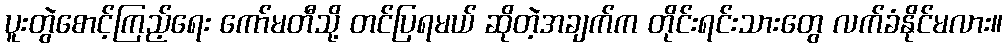
ပူးတွဲစောင့်ကြည့်ရေး ကော်မတီသို့ တင်ပြရမယ် ဆိုတဲ့အချက်က တိုင်းရင်းသားတွေ လက်ခံနိုင်မလား။